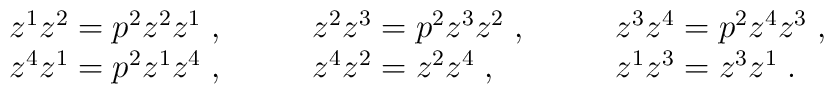
\begin{array}{lll}z^1z^{2}=p^{2}z^{2}z^1 \;,\qquad & z^{2}z^{3}=p^{2}z^{3}z^{2} \;,\qquad & z^{3}z^{4}=p^{2}z^{4}z^{3}\;,\\z^{4}z^1=p^{2}z^1z^{4} \;,\qquad & z^{4}z^{2}=z^{2}z^{4} \;,\qquad & z^1z^{3}=z^{3}z^1 \;.\end{array}